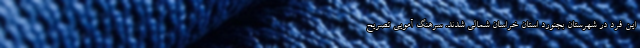
این فرد در شهرستان بجنورد استان خراسان شمالی شدند. سرهنگ آمویی تصریح